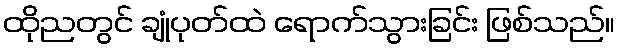
ထိုညတွင် ချုံပုတ်ထဲ ရောက်သွားခြင်း ဖြစ်သည်။